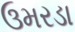
ઉમરડા